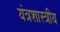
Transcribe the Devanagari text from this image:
यंत्रशास्त्रीय